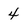
Character: 4